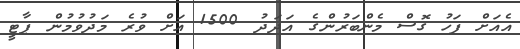
އެއަށް ފަހު ގޮސް މެންބަރުންގެ އަދަދު 1500 އަށް ވުރެ މަދުވުމުން ޕާޓީ